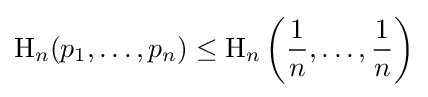
\mathrm {H} _{n}(p_{1},\ldots ,p_{n})\leq \mathrm {H} _{n}\left({\frac {1}{n}},\ldots ,{\frac {1}{n}}\right)